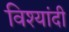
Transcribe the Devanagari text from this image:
विश्यांदी